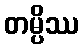
တမ္ပိဿ